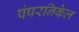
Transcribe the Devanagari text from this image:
पंपरनिकेल